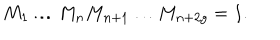
M _ { 1 } \dots M _ { n } M _ { n + 1 } \dots M _ { n + 2 g } = I .